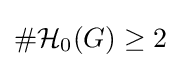
\#{\mathcal {H}}_{0}(G)\geq 2